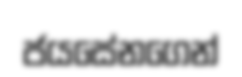
ජයසේනගෙන්